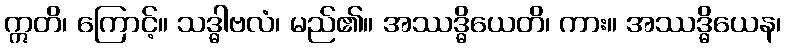
ဣတိ၊ ကြောင့်။ သဒ္ဓါဗလံ၊ မည်၏။ အဿဒ္ဓိယေတိ၊ ကား။ အဿဒ္ဓိယေန၊